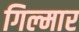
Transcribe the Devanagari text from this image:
गिल्मार